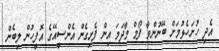
އެދި ހުށަހެޅުމަށް ބޭނުންވާ ފޯމް މާދަމަ އިން ފެށިގެން އެންސީއޭގެ އޮފީހުން ލިބެން